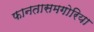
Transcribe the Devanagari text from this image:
फानतासमगोरिया